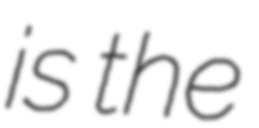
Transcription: is the